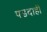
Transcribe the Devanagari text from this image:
पडदाही